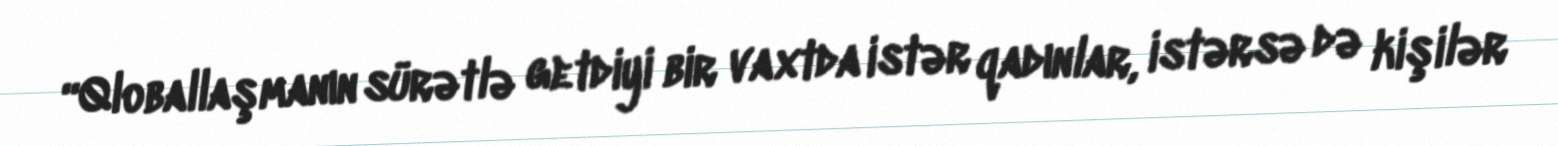
“Qloballaşmanın sürətlə getdiyi bir vaxtda istər qadınlar, istərsə də kişilər